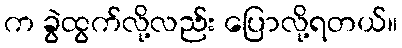
က ခွဲထွက်လို့လည်း ပြောလို့ရတယ်။